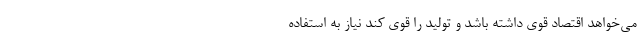
می‌خواهد اقتصاد قوی داشته باشد و تولید را قوی کند نیاز به استفاده